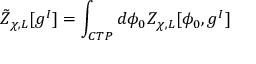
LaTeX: { \tilde { \cal Z } } _ { \chi , L } [ g ^ { I } ] = \int _ { C T P } d \phi _ { 0 } { \cal Z } _ { \chi , L } [ \phi _ { 0 } , g ^ { I } ]